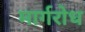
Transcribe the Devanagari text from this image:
मार्गरोध